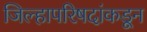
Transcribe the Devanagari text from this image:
जिल्हापरिषदांकडून